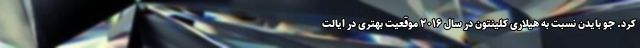
کرد. جو بایدن نسبت به هیلاری کلینتون در سال ۲۰۱۶ موقعیت بهتری در ایالت